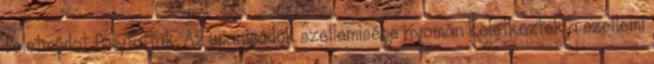
feletmódot folytattak. Az upanisádok szellemisége nyomán keletkeztek a szellemi